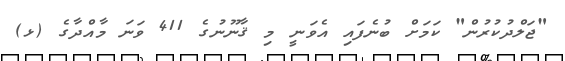
"ޖަލްދުކުރުން" ކަމަށް ބުނެފައި އެވަނީ މި ޤާނޫނުގެ 411 ވަނަ މާއްދާގެ (ޅ)